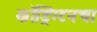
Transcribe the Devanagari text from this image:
कॉड्रिंग्टनचा